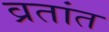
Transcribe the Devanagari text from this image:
व्रतांत